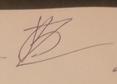
Signature authenticity: forged